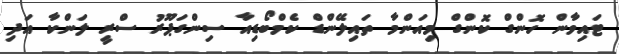
ޓައިވާން ހޮންގް ކޮންގް މިއަންމާ ތައިލޭންޑް ކެމްބޯޑިއާ ސިންގަޕޫރު ސްރީ ލަންކާ އަދި